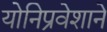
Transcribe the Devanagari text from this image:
योनिप्रवेशाने